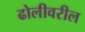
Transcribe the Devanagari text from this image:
ढोलीवरील